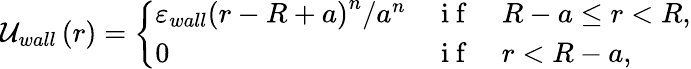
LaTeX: {\cal U}_{wall}\left(r\right)=\left\{ \begin{array}{lll}{\varepsilon_{wall}\left(r-R+a\right)^{n}/a^{n}}&{\mathrm{~i~f~}}&{R-a\leq r<R,}\\ {0}&{\mathrm{~i~f~}}&{r<R-a,}\end{array}\right.